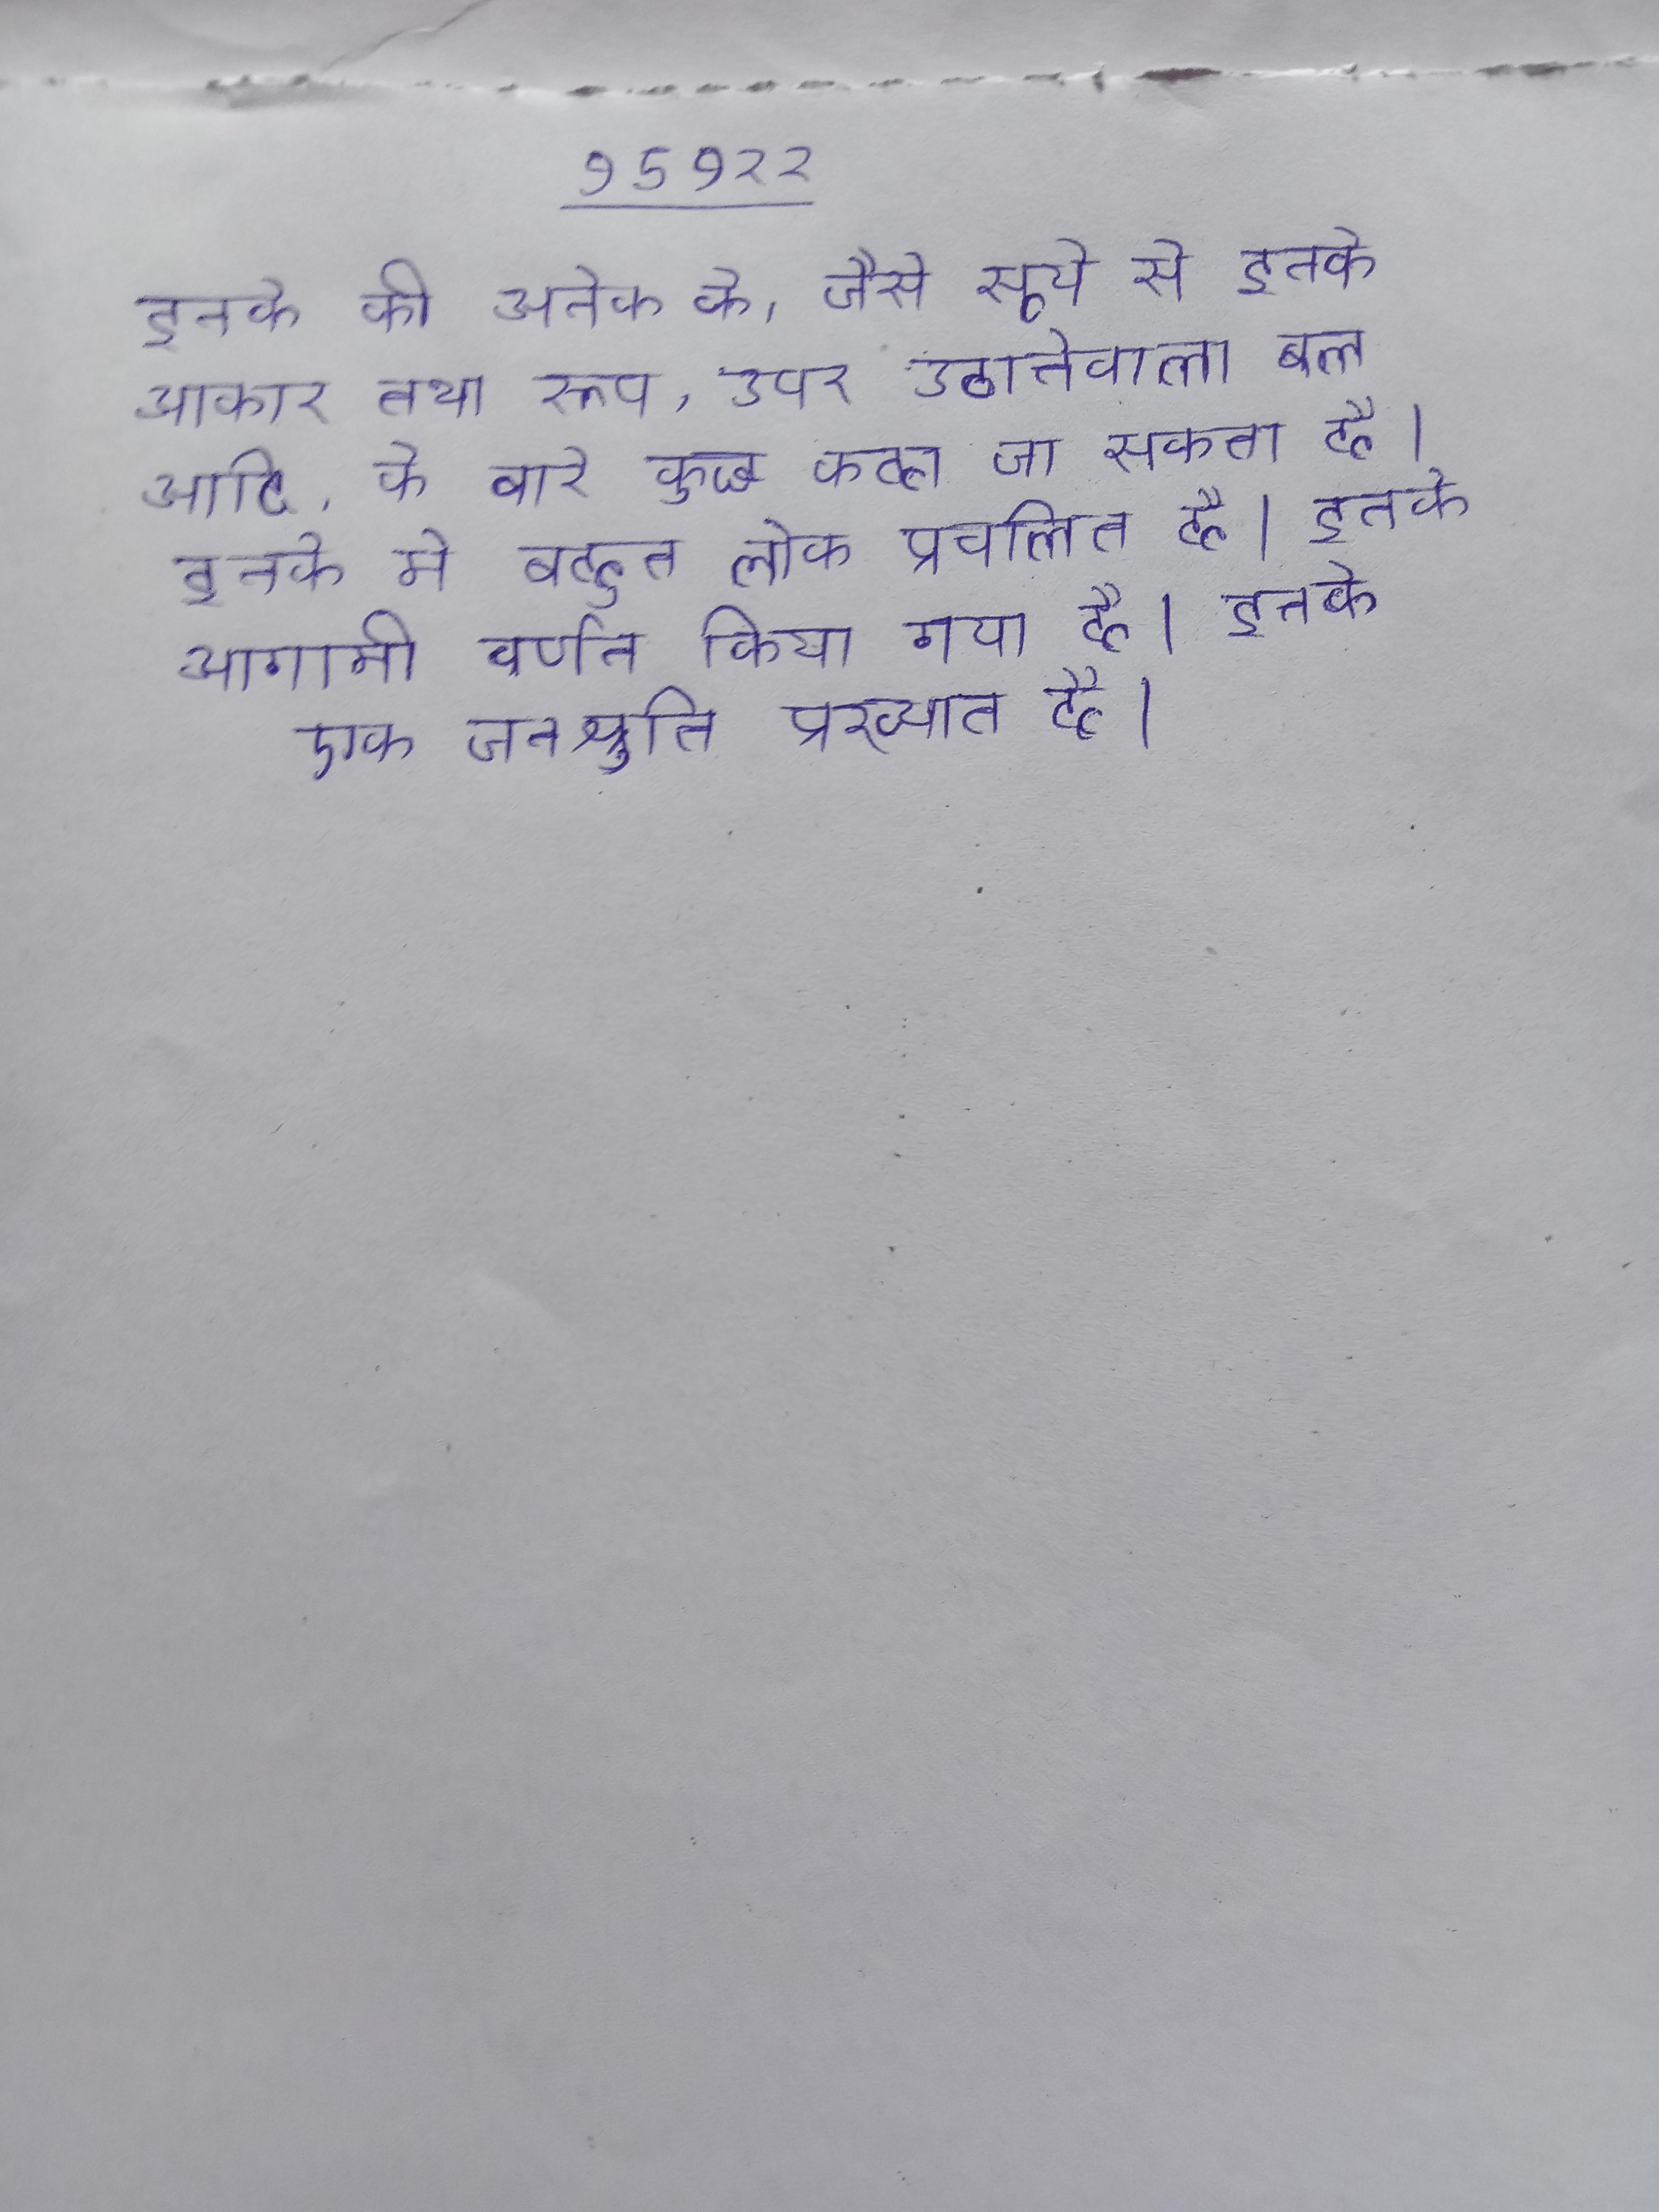
इनके की अनेक के, जैसे सूर्य से इनके आकार तथा रूप, ऊपर उठानेवाला बल आदि, के बारे कुछ कहा जा सकता है । इनके मे बहुत लोक प्रचलित है । इनके आगामी वर्णन किया गया है । इनके एक जनश्रुति प्रख्यात है ।